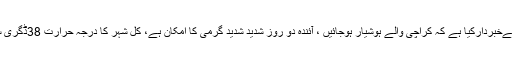
کراچی : محکمہ موسمیات نےخبردارکیا ہے کہ کراچی والے ہوشیار ہوجائیں ، آئندہ دو روز شدید شدید گرمی کا امکان ہے، کل شہر کا درجہ حرارت 38ڈگری سینٹی گریڈ تک جاسکتا ہے۔